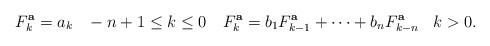
LaTeX: \begin{align*}\,\,\, F^{\bf a}_k=a_k\,\,\,\,\,-n+1\le k\le0\,\,\,\,\,\, F^{\bf a}_k = b_1F^{\bf a}_{k-1}+\cdots + b_nF^{\bf a}_{k-n}\,\,\,\,\,k>0. \end{align*}